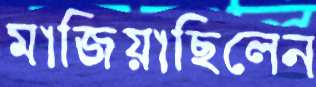
মাজিয়াছিলেন